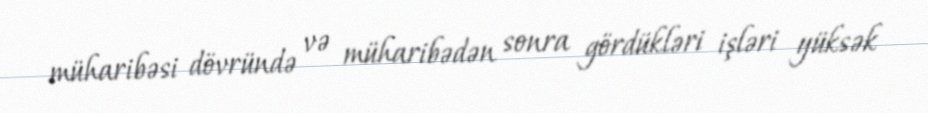
müharibəsi dövründə və müharibədən sonra gördükləri işləri yüksək